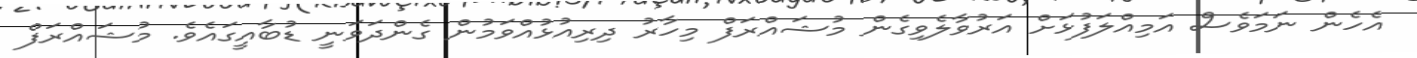
އެހެން ނަމަވެސް އަމިއްލަފުޅަށް އަރުވާލެވިގެން މުޝައްރަފް މިހާރު ދިރިއުޅުއްވަމުން ގެންދަވަނީ ޑުބާއީގައެވެ. މުޝައްރަފް